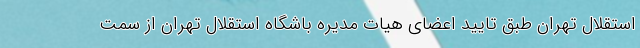
استقلال تهران طبق تایید اعضای هیات مدیره باشگاه استقلال تهران از سمت